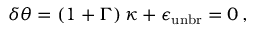
\delta \theta = \left( 1 + \Gamma \right) \kappa + \epsilon _ { \mathrm { u n b r } } = 0 \, ,